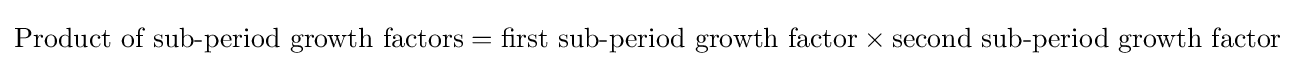
{\text{Product of sub-period growth factors}}={\text{first sub-period growth factor}}\times {\text{second sub-period growth factor}}